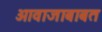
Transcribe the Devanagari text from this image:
आवाजाबाबत